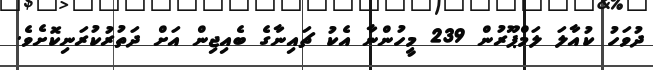
ދުވަހު ކުއާލަ ލަމްޕޫރުން 239 މީހުންނާ އެކު ޗައިނާގެ ބެއިޖިން އަށް ދަތުރުކުރަނިކޮށެވެ.